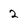
Character: 2